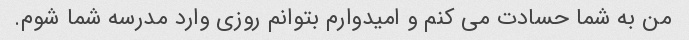
من به شما حسادت می کنم و امیدوارم بتوانم روزی وارد مدرسه شما شوم.